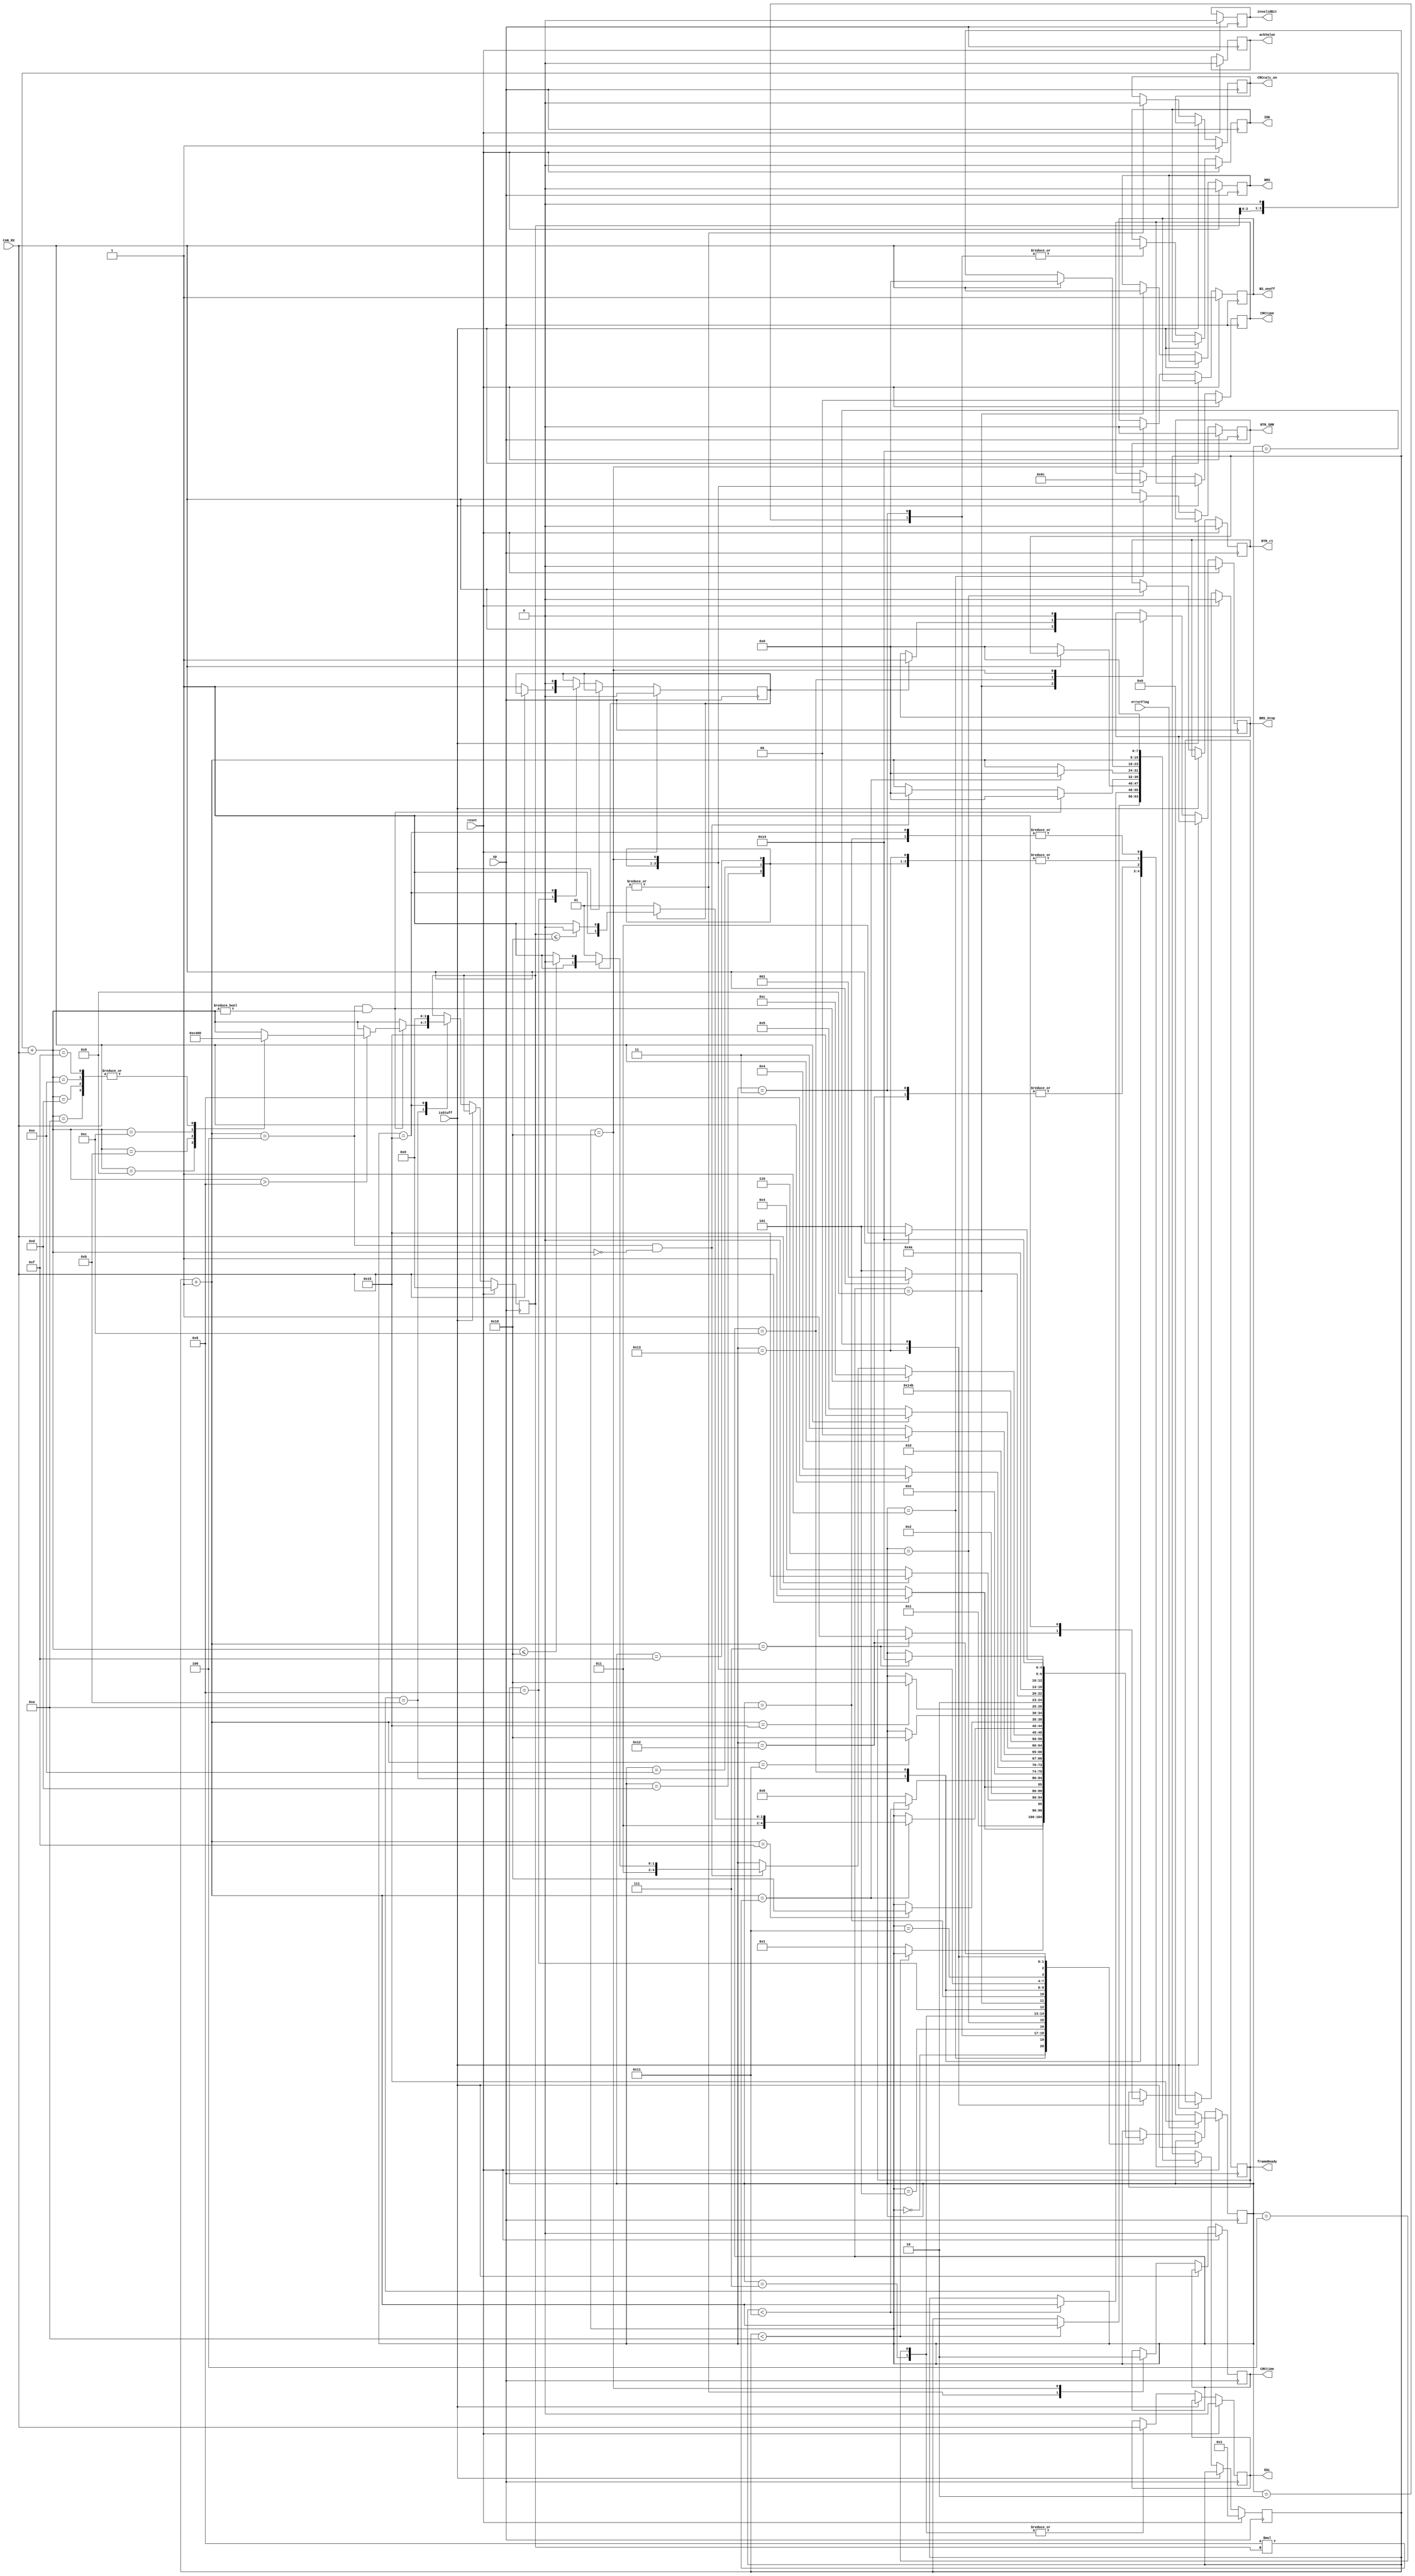
// Modulo da maquina de estados do Frame controller
// Redes Automotivas - CIn UFPE - 2017.2
//
module framecontroller
(
	input	sp, CAN_RX, reset, isStuff, errorFlag,
	output reg BS_onoff,
	output reg [1:0]CRCtype,
	output reg BRS_Stop,
	output reg invalidBit,
	output reg  CRCcalc_on,
	output reg  CRCtime, 
	output reg ackValue,
	output reg  RTR_SRR,
	output reg  IDE,
	output reg 	EDL,
	output reg  BRS,
	output reg RTR_r1,
	output reg frameReady
);


	// Declare states
	parameter arbID_st = 0, RTR_SRR_st = 1, IDE0_st = 2, IDE1_st = 3, r0_EDL_st = 4;
	parameter extID_st = 5, extRTR_st = 6, r1_EDL_st = 7, r0_FD_st = 8, BRS_st = 9;
	parameter ESI_st = 10, DLC_st = 11, data_st = 12, crc15_st = 13, crc17_st = 14;
	parameter crc21_st = 15, crcDel_st = 16, ack_st = 17, ackDel_st = 18, eof_st = 19;
	parameter ready_st = 20, error_st = 21;
	
		// Declare state register
	reg		[4:0]state = ready_st;
	reg		[7:0]cont;
	reg		[3:0]dlc;
	reg		FD;
	reg		bitlido;

	// Determine the next state synchronously, based on the
	// current state and the input
	always @ (posedge sp) begin
		if (reset) begin
			state <= arbID_st;
			cont = 1;
			dlc = 0;
			FD = 0;
			//Saidas
			BS_onoff = 0;
			CRCtype = 0;
			CRCtime = 0;
			CRCcalc_on = 0;
			BRS_Stop = 0;
			invalidBit = 0;
			ackValue = 0;
			RTR_SRR = 0;
			IDE = 0;
			EDL = 0;
			BRS = 0;
			RTR_r1 = 0;
			frameReady = 0;
			BS_onoff = 1;
			CRCcalc_on = 1;
			if(errorFlag)
			begin
				state <= error_st;
			end
		end
		else
		if (~isStuff) begin
			case (state)
				arbID_st: // ID
					begin
						if(cont < 10)
						begin
							cont = cont +1;
						end
						else
						begin
							state <= RTR_SRR_st;
						end
					end
				RTR_SRR_st: // RTR_SRR
					begin
						RTR_SRR = CAN_RX;
						if (CAN_RX)
						begin
							state <= IDE1_st;
						end
						else
						begin
							state <= IDE0_st;
						end
					end
				IDE0_st:
					begin
					IDE = CAN_RX;
					if(~CAN_RX)
						begin
							state <= r0_EDL_st;
						end
					else
						begin
							state <= error_st;
						end
					end
				IDE1_st:
					begin
					IDE = CAN_RX;
					if (CAN_RX)
						begin
							cont = 0;
							state <= extID_st;
						end
						else
						begin
							state <= r0_EDL_st;
						end
					end
				extID_st:
					if (cont < 17)
					begin
						cont = cont + 1;
					end
					else
					begin
						state <= extRTR_st;
					end
				extRTR_st:
					begin
						RTR_r1 = CAN_RX;
						state <= r1_EDL_st;
					end
				r1_EDL_st:
					begin
						EDL = CAN_RX;
						if (CAN_RX)
						begin
							state <= r0_FD_st;
						end
						else
						begin
							state <= r0_EDL_st;
						end
					end
				r0_EDL_st:
					begin
						EDL = CAN_RX;
						if (CAN_RX)
						begin
							state <= r0_FD_st;
						end
						else
						begin
							cont = 0;
							state <= DLC_st;
						end
					end
				r0_FD_st:
					if(~CAN_RX)
					begin
						FD = 1;
						state <= BRS_st;
					end
					else
					begin
						state <= error_st;
					end
				BRS_st:
					begin
						BRS = CAN_RX;
						BRS_Stop = CAN_RX;
						state <= ESI_st;
					end
				ESI_st:
					begin
						cont = 0;
						state <= DLC_st;
					end
				DLC_st: 
					begin
						dlc = dlc << 1;
						dlc = dlc + CAN_RX;
						cont = cont + 1;
						bitlido = CAN_RX;
						if (cont == 4  && dlc != 0) 
						begin
							cont = 0;
							if(dlc > 8)
							begin
								case(dlc)
									9:
										dlc = 12;
									10:
										dlc = 16;
									11:
										dlc = 20;
									12:
										dlc = 24;
									13:
										dlc = 32;
									14:
										dlc = 48;
									15:
										dlc = 64;
								endcase
							end
							state <= data_st;
						end
						else if(cont == 4 && dlc == 0)
						begin
							cont =0;
							if(FD == 0)
							begin
								state <= crc15_st;
							end
							else if(dlc <= 16)
							begin
								state <= crc17_st;
							end
							else
							begin
								state <= crc21_st;
							end
						end
					end
				data_st:
					begin
						if(FD)
							begin
								BRS_Stop = 1;
							end
						cont = cont + 1;
						if (cont==8*dlc) //Definir DLC em algum lugar
						begin
							if(FD == 0)
							begin
								cont = 0;
								state <= crc15_st;
							end
							else if(dlc <= 16)
							begin
								cont = 0;
								state <= crc17_st;
							end
							else
							begin
								cont = 0;
								state <= crc21_st;
							end
						end
					end
				crc15_st:
					begin
						CRCcalc_on =0;
						CRCtime = 1;
						CRCtype = 1;
						cont = cont +1;
						if (cont==15)
						begin
							state <= crcDel_st;
						end
					end
				crc17_st:
					begin
						CRCcalc_on =0;
						CRCtime = 1;
						CRCtype = 2;
						cont = cont +1;
						if (cont==17)
						begin
							state <= crcDel_st;
						end
					end
				crc21_st:
					begin
						CRCcalc_on =0;
						CRCtime = 1;
						CRCtype = 3;
						cont = cont +1;
						if (cont==21)
						begin
							state <= crcDel_st;
						end
					end
				crcDel_st:
					begin
						CRCtime = 0;
						CRCtype = 0;
						BS_onoff = 0;
						BRS_Stop = 0;
						if(CAN_RX)
						begin
							state <= ack_st;
						end
						else
						begin
							state <= error_st;
						end
					end
				ack_st:
					state <= ackDel_st;
				ackDel_st:
					if(CAN_RX)
					begin
						cont = 0;
						state <= eof_st;
					end
					else
					begin
						state <= error_st;
					end
				eof_st:
					begin
						cont = cont +1;
						if(cont==7)
						begin
							frameReady = 1;
							state <= ready_st;
						end
					end
				ready_st:
					begin
						frameReady = 1;
						state <= ready_st;
					end
				error_st:
					begin
						cont = 0;
						dlc = 0;
						FD = 0;
					end
			endcase
		end
	end

endmodule